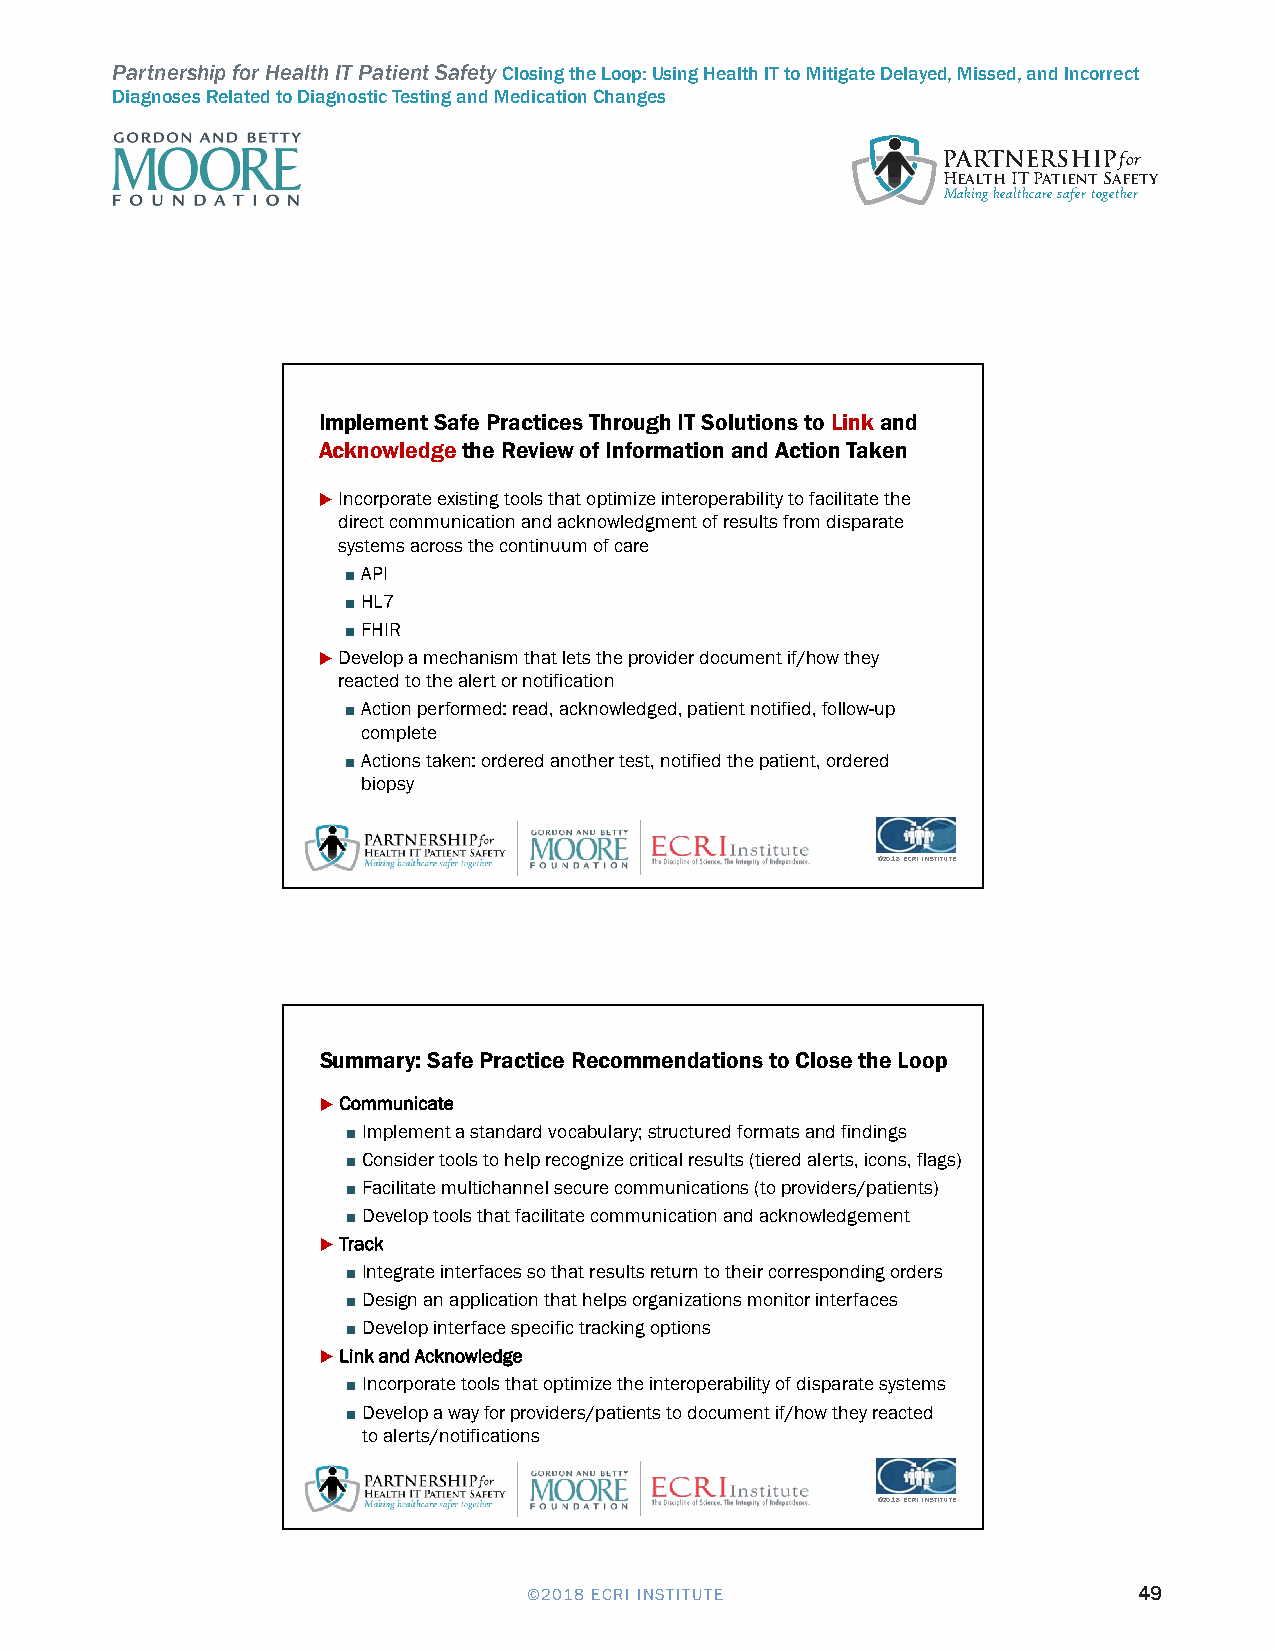
Partnership for Health IT Patient Safety Closing the Loop: Using Health IT to Mitigate Delayed, Missed, and Incorrect
 Diagnoses Related to Diagnostic Testing and Medication Changes
 PARTNERSHIPfor
 Health IT Patient Safety
 Making healthcare safer together
 Health IT Safe Practices for Closing the Loop                     5/4/2018
 Implement Safe Practices Through IT Solutions to Linkand
 Acknowledgethe Review of Information and Action Taken
 Incorporate existing tools that optimize interoperability to facilitate the
 direct communication and acknowledgment of results from disparate
 systems across the continuum of care
 ■ API
 ■ HL7
 ■ FHIR
 Develop a mechanism that lets the provider document if/how they
 reacted to the alert or notification
 ■ Action performed: read, acknowledged, patient notified, follow-up
 complete
 ■ Actions taken: ordered another test, notified the patient, ordered
 biopsy
 ©2018 ECRI INSTITUTE
 Summary: Safe Practice Recommendations to Close the Loop
 Communicate
 ■ Implement a standard vocabulary; structured formats and findings
 ■ Consider tools to help recognize critical results (tiered alerts, icons, flags)
 ■ Facilitate multichannel secure communications (to providers/patients)
 ■ Develop tools that facilitate communication and acknowledgement
 Track
 ■ Integrate interfaces so that results return to their corresponding orders
 ■ Design an application that helps organizations monitor interfaces
 ■ Develop interface specific tracking options
 Link and Acknowledge
 ■ Incorporate tools that optimize the interoperability of disparate systems
 ■ Develop a way for providers/patients to document if/how they reacted
 to alerts/notifications
 ©2018 ECRI INSTITUTE
 ©2018 ECRI INSTITUTE                    49
 Recommendations for Health IT Product
 Management and Development                                             6